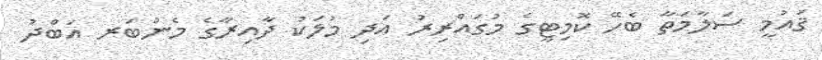
ޤައުމީ ސަލާމަތާ ބެހޭ ކޮމިޓީގެ މުގައްރިރު އަދި މުލަކު ދާއިރާގެ މެންބަރ އަބްދު